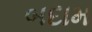
બદામ